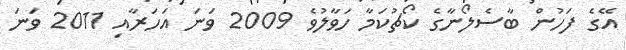
އޭގެ ފަހުން ބާސެލޯނާގެ ކޯޗުކަމާ ހަވާލުވެ 2009 ވަނަ އަހަރާއި 2011 ވަނަ